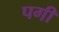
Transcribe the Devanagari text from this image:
पगी